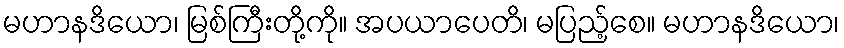
မဟာနဒိယော၊ မြစ်ကြီးတို့ကို။ အပယာပေတိ၊ မပြည့်စေ။ မဟာနဒိယော၊